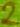
Text: 2